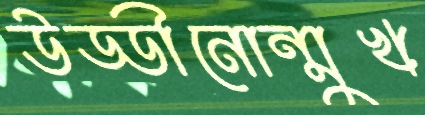
উড্ডীনোন্মুখ